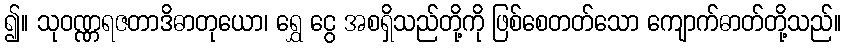
၍။ သုဝဏ္ဏရဇတာဒိဓာတုယော၊ ရွှေ ငွေ အစရှိသည်တို့ကို ဖြစ်စေတတ်သော ကျောက်ဓာတ်တို့သည်။